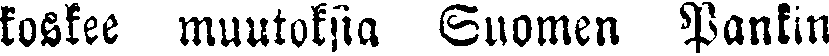
koskee muutoksia Suomen Pankin